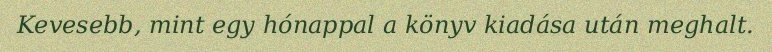
Kevesebb, mint egy hónappal a könyv kiadása után meghalt.